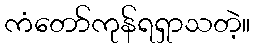
ကံတော်ကုန်ရရှာသတဲ့။